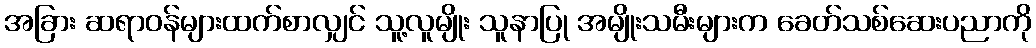
အခြား ဆရာဝန်များထက်စာလျှင် သူ့လူမျိုး သူနာပြု အမျိုးသမီးများက ခေတ်သစ်ဆေးပညာကို